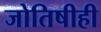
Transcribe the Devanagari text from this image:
जोतिषीही